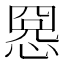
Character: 𢝕